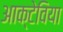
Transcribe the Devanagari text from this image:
आक्टेविया